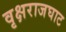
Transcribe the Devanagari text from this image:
वृक्षराजघाट